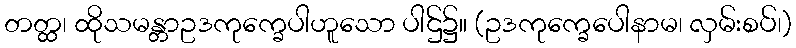
တတ္ထ၊ ထိုသမန္တာဥဒကုက္ခေပါဟူသော ပါဌ်၌။ (ဥဒကုက္ခေပေါနာမ၊ လှမ်းစပ်၊)